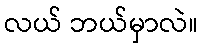
လယ် ဘယ်မှာလဲ။